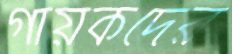
গায়কদের